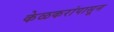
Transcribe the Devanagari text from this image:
केळकरांपासून